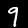
Digit: 9